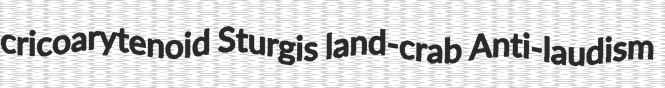
cricoarytenoid Sturgis land-crab Anti-laudism